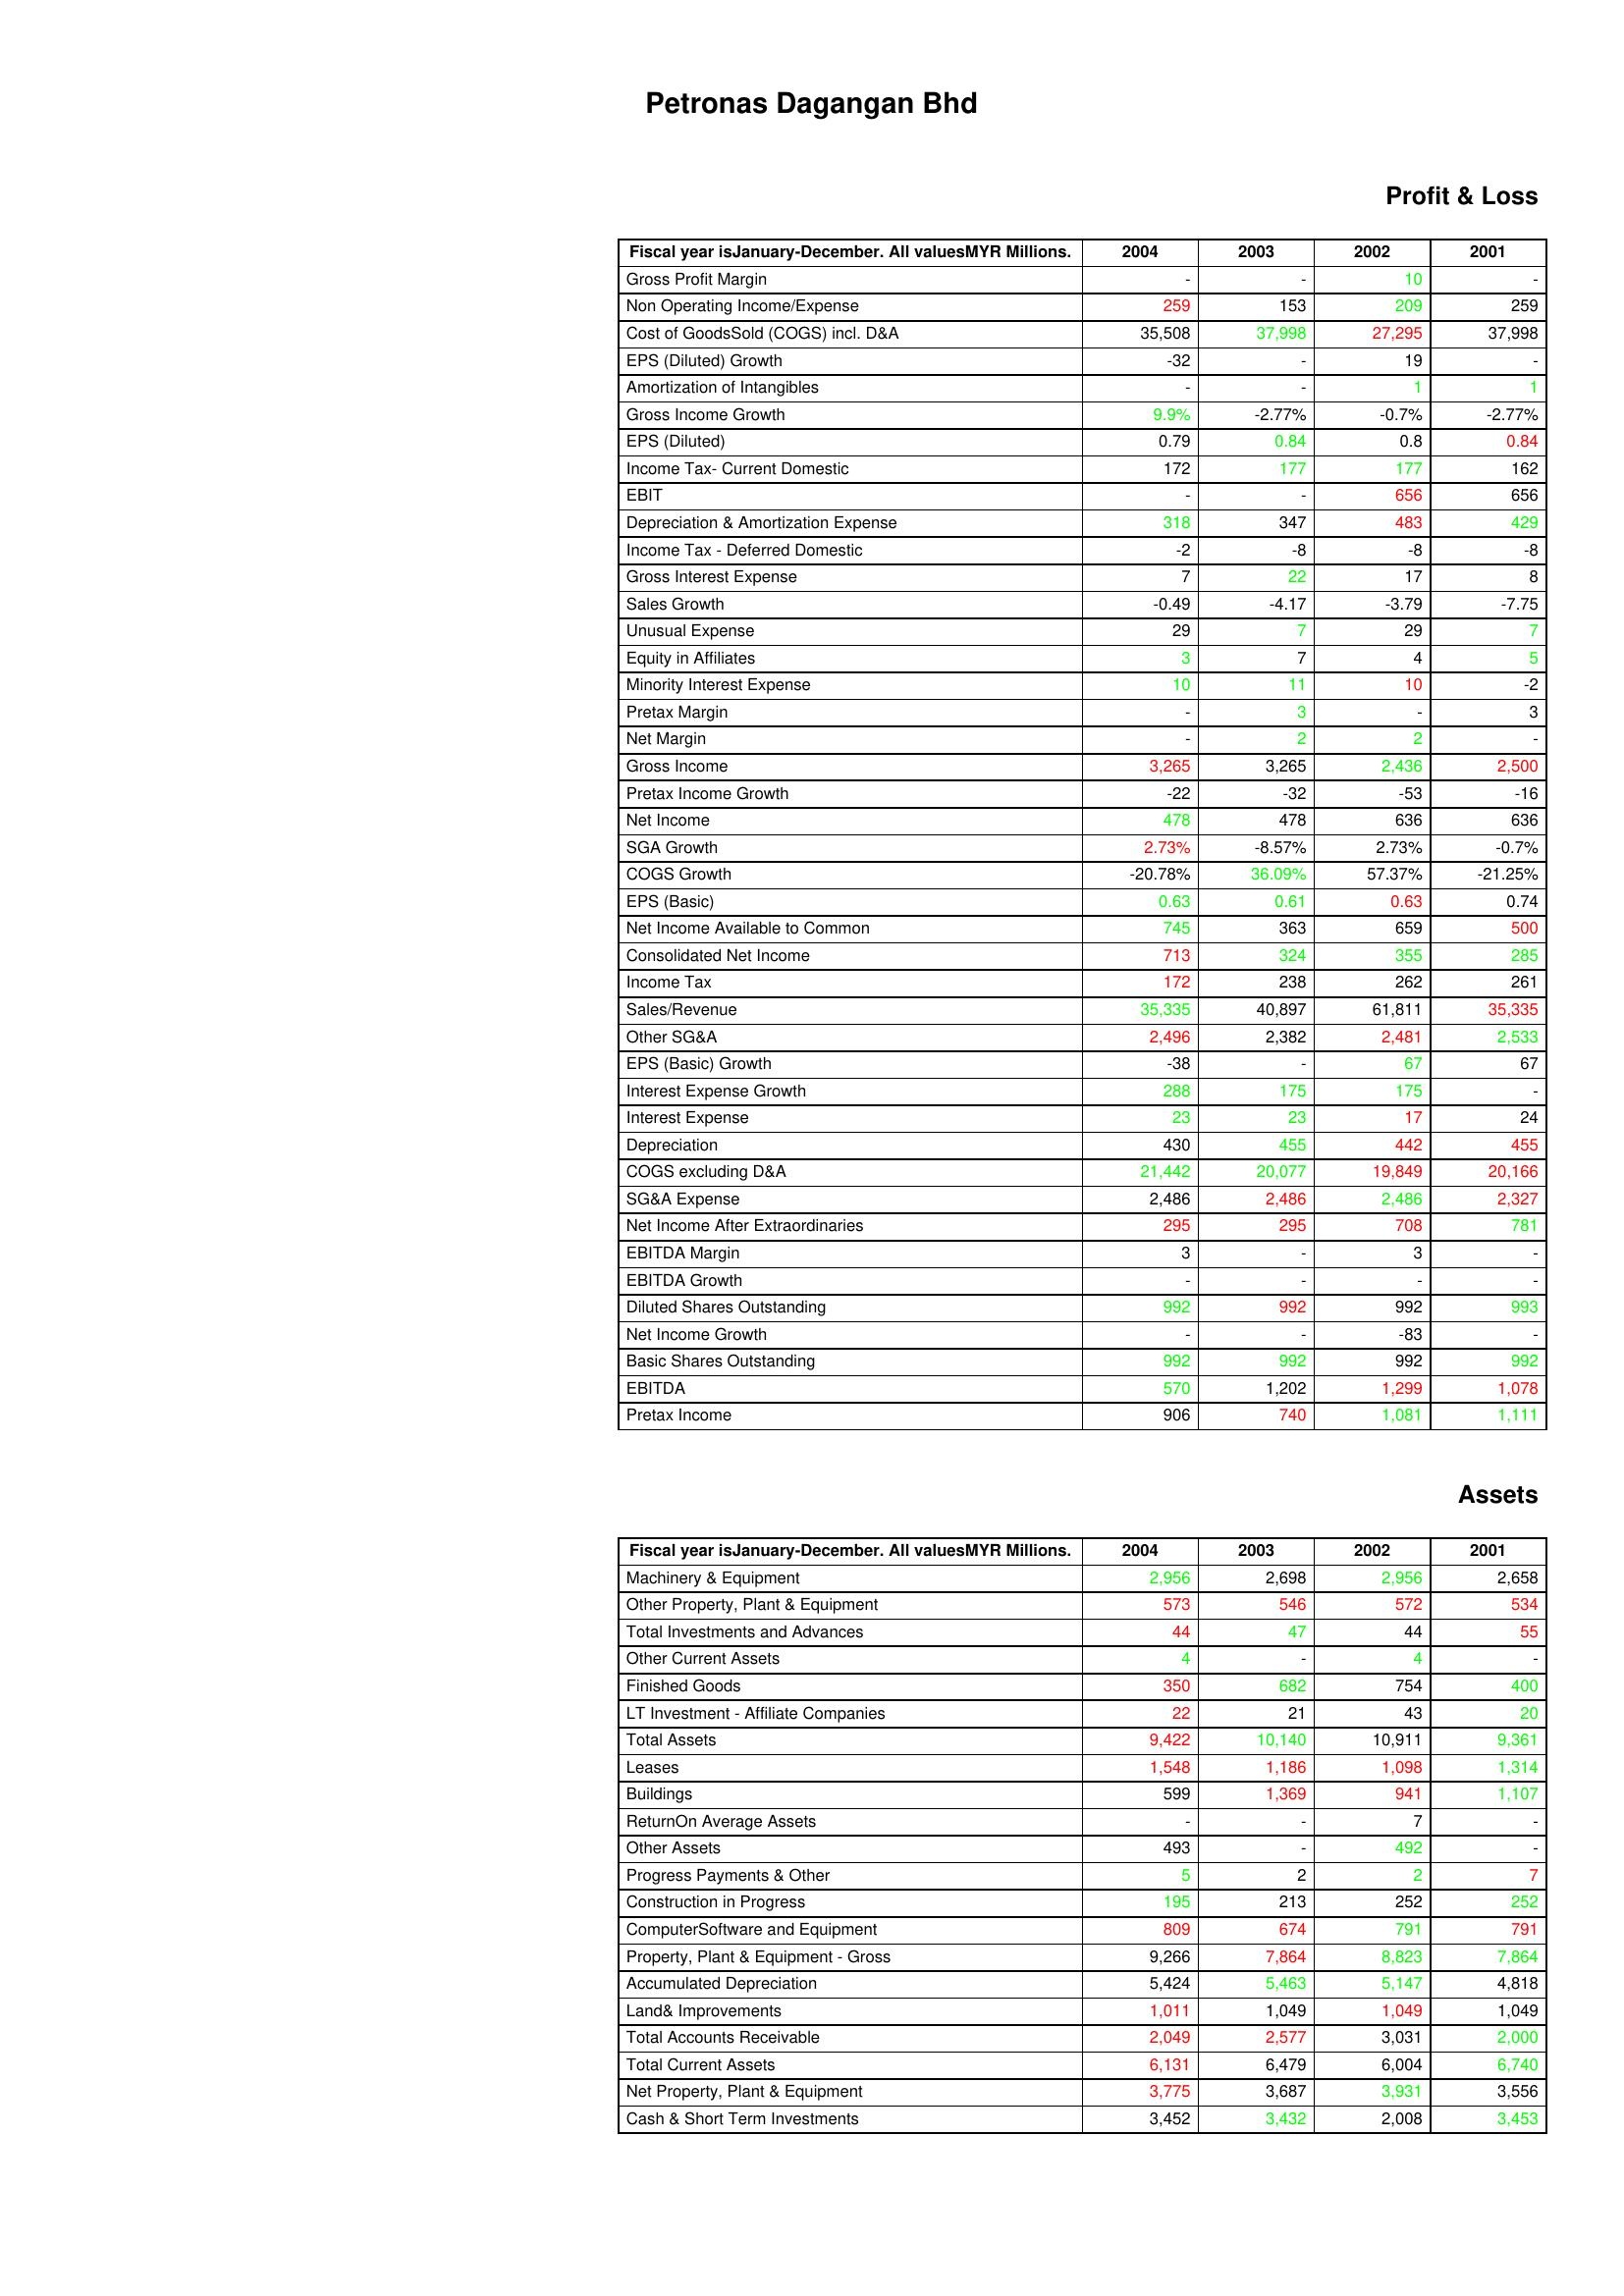
gt_parse: 2004: Profit & Loss: Gross Profit Margin: -
Non Operating Income/Expense: 259
Cost of GoodsSold (COGS) incl. D&A: 35,508
EPS (Diluted) Growth: -32
Amortization of Intangibles: -
Gross Income Growth: 9.9%
EPS (Diluted): 0.79
Income Tax- Current Domestic: 172
EBIT: -
Depreciation & Amortization Expense: 318
Income Tax - Deferred Domestic: -2
Gross Interest Expense: 7
Sales Growth: -0.49
Unusual Expense: 29
Equity in Affiliates: 3
Minority Interest Expense: 10
Pretax Margin: -
Net Margin: -
Gross Income: 3,265
Pretax Income Growth: -22
Net Income: 478
SGA Growth: 2.73%
COGS Growth: -20.78%
EPS (Basic): 0.63
Net Income Available to Common: 745
Consolidated Net Income: 713
Income Tax: 172
Sales/Revenue: 35,335
Other SG&A: 2,496
EPS (Basic) Growth: -38
Interest Expense Growth: 288
Interest Expense: 23
Depreciation: 430
COGS excluding D&A: 21,442
SG&A Expense: 2,486
Net Income After Extraordinaries: 295
EBITDA Margin: 3
EBITDA Growth: -
Diluted Shares Outstanding: 992
Net Income Growth: -
Basic Shares Outstanding: 992
EBITDA: 570
Pretax Income: 906
Assets: Machinery & Equipment: 2,956
Other Property, Plant & Equipment: 573
Total Investments and Advances: 44
Other Current Assets: 4
Finished Goods: 350
LT Investment - Affiliate Companies: 22
Total Assets: 9,422
Leases: 1,548
Buildings: 599
ReturnOn Average Assets: -
Other Assets: 493
Progress Payments & Other: 5
Construction in Progress: 195
ComputerSoftware and Equipment: 809
Property, Plant & Equipment - Gross : 9,266
Accumulated Depreciation: 5,424
Land& Improvements: 1,011
Total Accounts Receivable: 2,049
Total Current Assets: 6,131
Net Property, Plant & Equipment: 3,775
Cash & Short Term Investments: 3,452
2003: Profit & Loss: Gross Profit Margin: -
Non Operating Income/Expense: 153
Cost of GoodsSold (COGS) incl. D&A: 37,998
EPS (Diluted) Growth: -
Amortization of Intangibles: -
Gross Income Growth: -2.77%
EPS (Diluted): 0.84
Income Tax- Current Domestic: 177
EBIT: -
Depreciation & Amortization Expense: 347
Income Tax - Deferred Domestic: -8
Gross Interest Expense: 22
Sales Growth: -4.17
Unusual Expense: 7
Equity in Affiliates: 7
Minority Interest Expense: 11
Pretax Margin: 3
Net Margin: 2
Gross Income: 3,265
Pretax Income Growth: -32
Net Income: 478
SGA Growth: -8.57%
COGS Growth: 36.09%
EPS (Basic): 0.61
Net Income Available to Common: 363
Consolidated Net Income: 324
Income Tax: 238
Sales/Revenue: 40,897
Other SG&A: 2,382
EPS (Basic) Growth: -
Interest Expense Growth: 175
Interest Expense: 23
Depreciation: 455
COGS excluding D&A: 20,077
SG&A Expense: 2,486
Net Income After Extraordinaries: 295
EBITDA Margin: -
EBITDA Growth: -
Diluted Shares Outstanding: 992
Net Income Growth: -
Basic Shares Outstanding: 992
EBITDA: 1,202
Pretax Income: 740
Assets: Machinery & Equipment: 2,698
Other Property, Plant & Equipment: 546
Total Investments and Advances: 47
Other Current Assets: -
Finished Goods: 682
LT Investment - Affiliate Companies: 21
Total Assets: 10,140
Leases: 1,186
Buildings: 1,369
ReturnOn Average Assets: -
Other Assets: -
Progress Payments & Other: 2
Construction in Progress: 213
ComputerSoftware and Equipment: 674
Property, Plant & Equipment - Gross : 7,864
Accumulated Depreciation: 5,463
Land& Improvements: 1,049
Total Accounts Receivable: 2,577
Total Current Assets: 6,479
Net Property, Plant & Equipment: 3,687
Cash & Short Term Investments: 3,432
2002: Profit & Loss: Gross Profit Margin: 10
Non Operating Income/Expense: 209
Cost of GoodsSold (COGS) incl. D&A: 27,295
EPS (Diluted) Growth: 19
Amortization of Intangibles: 1
Gross Income Growth: -0.7%
EPS (Diluted): 0.8
Income Tax- Current Domestic: 177
EBIT: 656
Depreciation & Amortization Expense: 483
Income Tax - Deferred Domestic: -8
Gross Interest Expense: 17
Sales Growth: -3.79
Unusual Expense: 29
Equity in Affiliates: 4
Minority Interest Expense: 10
Pretax Margin: -
Net Margin: 2
Gross Income: 2,436
Pretax Income Growth: -53
Net Income: 636
SGA Growth: 2.73%
COGS Growth: 57.37%
EPS (Basic): 0.63
Net Income Available to Common: 659
Consolidated Net Income: 355
Income Tax: 262
Sales/Revenue: 61,811
Other SG&A: 2,481
EPS (Basic) Growth: 67
Interest Expense Growth: 175
Interest Expense: 17
Depreciation: 442
COGS excluding D&A: 19,849
SG&A Expense: 2,486
Net Income After Extraordinaries: 708
EBITDA Margin: 3
EBITDA Growth: -
Diluted Shares Outstanding: 992
Net Income Growth: -83
Basic Shares Outstanding: 992
EBITDA: 1,299
Pretax Income: 1,081
Assets: Machinery & Equipment: 2,956
Other Property, Plant & Equipment: 572
Total Investments and Advances: 44
Other Current Assets: 4
Finished Goods: 754
LT Investment - Affiliate Companies: 43
Total Assets: 10,911
Leases: 1,098
Buildings: 941
ReturnOn Average Assets: 7
Other Assets: 492
Progress Payments & Other: 2
Construction in Progress: 252
ComputerSoftware and Equipment: 791
Property, Plant & Equipment - Gross : 8,823
Accumulated Depreciation: 5,147
Land& Improvements: 1,049
Total Accounts Receivable: 3,031
Total Current Assets: 6,004
Net Property, Plant & Equipment: 3,931
Cash & Short Term Investments: 2,008
2001: Profit & Loss: Gross Profit Margin: -
Non Operating Income/Expense: 259
Cost of GoodsSold (COGS) incl. D&A: 37,998
EPS (Diluted) Growth: -
Amortization of Intangibles: 1
Gross Income Growth: -2.77%
EPS (Diluted): 0.84
Income Tax- Current Domestic: 162
EBIT: 656
Depreciation & Amortization Expense: 429
Income Tax - Deferred Domestic: -8
Gross Interest Expense: 8
Sales Growth: -7.75
Unusual Expense: 7
Equity in Affiliates: 5
Minority Interest Expense: -2
Pretax Margin: 3
Net Margin: -
Gross Income: 2,500
Pretax Income Growth: -16
Net Income: 636
SGA Growth: -0.7%
COGS Growth: -21.25%
EPS (Basic): 0.74
Net Income Available to Common: 500
Consolidated Net Income: 285
Income Tax: 261
Sales/Revenue: 35,335
Other SG&A: 2,533
EPS (Basic) Growth: 67
Interest Expense Growth: -
Interest Expense: 24
Depreciation: 455
COGS excluding D&A: 20,166
SG&A Expense: 2,327
Net Income After Extraordinaries: 781
EBITDA Margin: -
EBITDA Growth: -
Diluted Shares Outstanding: 993
Net Income Growth: -
Basic Shares Outstanding: 992
EBITDA: 1,078
Pretax Income: 1,111
Assets: Machinery & Equipment: 2,658
Other Property, Plant & Equipment: 534
Total Investments and Advances: 55
Other Current Assets: -
Finished Goods: 400
LT Investment - Affiliate Companies: 20
Total Assets: 9,361
Leases: 1,314
Buildings: 1,107
ReturnOn Average Assets: -
Other Assets: -
Progress Payments & Other: 7
Construction in Progress: 252
ComputerSoftware and Equipment: 791
Property, Plant & Equipment - Gross : 7,864
Accumulated Depreciation: 4,818
Land& Improvements: 1,049
Total Accounts Receivable: 2,000
Total Current Assets: 6,740
Net Property, Plant & Equipment: 3,556
Cash & Short Term Investments: 3,453